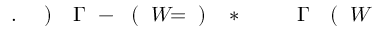
W \! \! \! \! \! \! \! \! \! \! \! \! ( \! \! \! \! \! \! \! \! \! \! \! \! \Gamma \! \! \! \! \! \! \! \! \! \! \! \! ^ { \! } \! \! \! \! \! \! \! \! \! \! \! * \! \! \! \! \! \! \! \! \! \! \! \! ) \! \! \! \! \! \! \! \! \! \! \! \! = \! \! \! \! \! \! \! \! \! \! \! \! W \! \! \! \! \! \! \! \! \! \! \! \! ( \! \! \! \! \! \! \! \! \! \! \! \! - \! \! \! \! \! \! \! \! \! \! \! \! \Gamma \! \! \! \! \! \! \! \! \! \! \! \! ) \! \! \! \! \! \! \! \! \! \! \! \! . \! \! \! \! \! \! \! \! \! \! \!